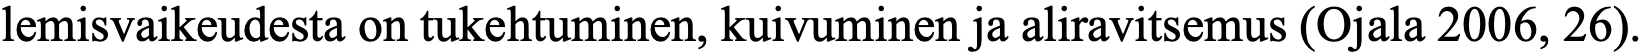
lemisvaikeudesta on tukehtuminen, kuivuminen ja aliravitsemus (Ojala 2006, 26).